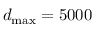
d _ { \mathrm { m a x } } = 5 0 0 0